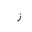
Letter: _zay